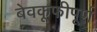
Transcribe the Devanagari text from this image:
बेवकूफीपूर्ण